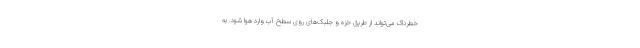
خطرناک می‌تواند از طریق خزه و جلبک‌های روی سطح آب وارد هوا شود. به